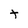
Character: t